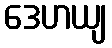
ဒေဟယျ